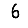
Digit: 6